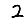
Digit: 2